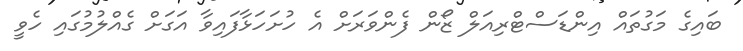
ބައިގެ މަގުތައް އިންޑަސްޓްރިއަލް ޒޯން ފެންވަރަށް އެ ހުށަހަޅާފައިވާ އަގަށް ގެއްލުމުގައި ހެވީ